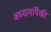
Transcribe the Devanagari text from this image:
अध्यायांपैकी